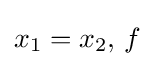
x_{1}=x_{2},\,f